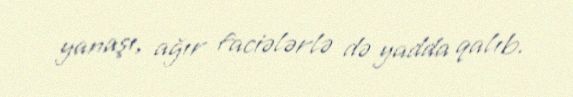
yanaşı, ağır faciələrlə də yadda qalıb.